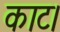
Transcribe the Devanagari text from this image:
काट।